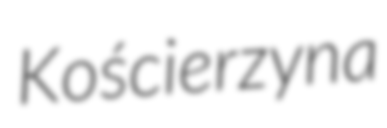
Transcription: Kościerzyna